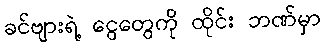
ခင်ဗျားရဲ့ ငွေတွေကို ထိုင်း ဘဏ်မှာ